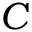
C